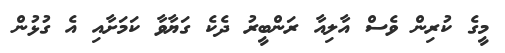
މީގެ ކުރިން ވެސް އާލިއާ ރަންބީރު ދެކެ ގަޔާވާ ކަމަށާއި އެ ގުޅުން